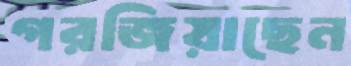
গরজিয়াছেন